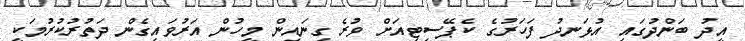
އީދު ބަންދުގައި އުޅަނދު ފަހަރުގެ ކެޕޭސިޓިއަށް ވުރެ ގިނައިން މީހުން އަރުވައިގެން ދަތުރުކުރުމަކީ